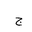
Letter: _gim